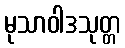
မုသာဝါဒသုတ္တ